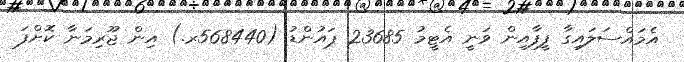
އެމައްސަލައިގާ ފީފާއިން ވަނީ އެޓީމު 23685 ޕައުންޑު (568440ރ.) އިން ޖޫރިމަނާ ކޮށްފަ